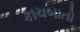
કાચબાતો